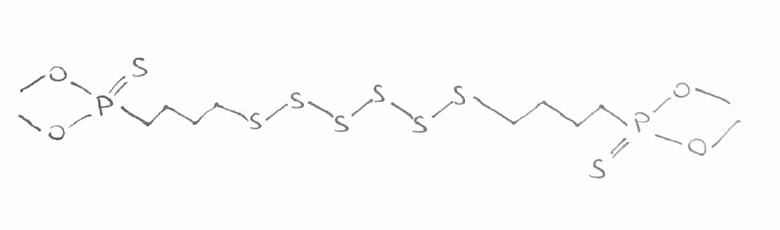
Simplified molecular-input line-entry system (SMILES) notation of the given molecule:
COP(=S)(CCCCSSSSSSCCCCP(=S)(OC)OC)OC